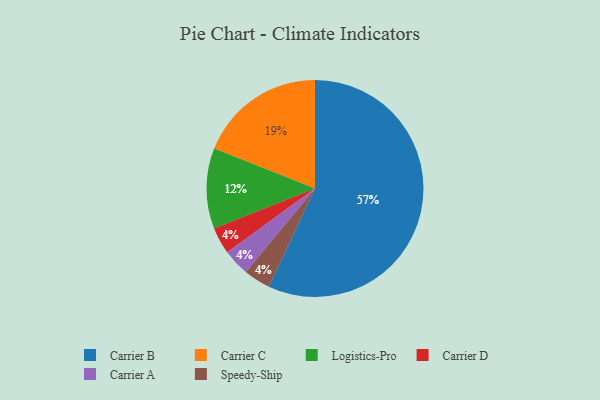
{"axis": {"x": "Category", "y": "Percentage"}, "legend": ["Carrier A", "Carrier B", "Carrier C", "Carrier D", "Logistics-Pro", "Speedy-Ship"], "data": [{"x": "Logistics-Pro", "y": 12, "type": "Logistics-Pro"}, {"x": "Carrier D", "y": 4, "type": "Carrier D"}, {"x": "Carrier B", "y": 57, "type": "Carrier B"}, {"x": "Carrier C", "y": 19, "type": "Carrier C"}, {"x": "Carrier A", "y": 4, "type": "Carrier A"}, {"x": "Speedy-Ship", "y": 4, "type": "Speedy-Ship"}]}